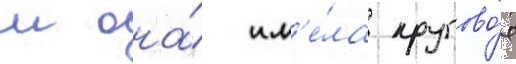
м она́ им'е́ла кругово́е